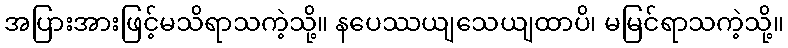
အပြားအားဖြင့်မသိရာသကဲ့သို့။ နပေဿယျသေယျထာပိ၊ မမြင်ရာသကဲ့သို့။